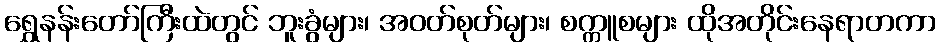
ရွှေနန်းတော်ကြီးထဲတွင် ဘူးခွံများ၊ အဝတ်စုတ်များ၊ စက္ကူစများ ထိုအတိုင်းနေရာတကာ